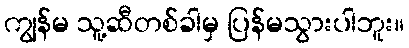
ကျွန်မ သူ့ဆီတစ်ခါမှ ပြန်မသွားပါဘူး။